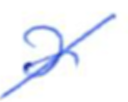
Text: a
Cross-out: diagonal
Writing tool: ballpoint